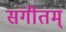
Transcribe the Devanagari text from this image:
संगीतम्‌